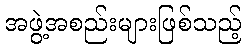
အဖွဲ့အစည်းများဖြစ်သည့်